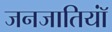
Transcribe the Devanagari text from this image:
जनजातियॉं